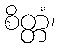
စိတ္တံ၊